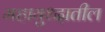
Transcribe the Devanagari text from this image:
महायुध्दातील